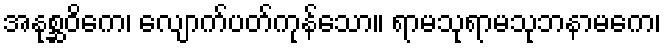
အနုစ္ဆဝိကေ၊ လျောက်ပတ်ကုန်သော။ ရာမသုရာမသုဘနာမကေ၊